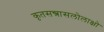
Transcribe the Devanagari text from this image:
कृतसन्त्रासलोलाक्षो